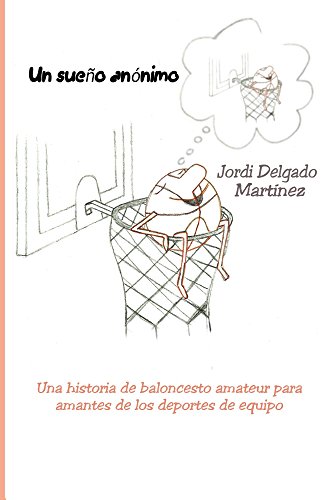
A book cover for Un sueÃ±o anÃ³nimo: Una historia de baloncesto amateur para amantes de los deportes de equipo (Spanish Edition); Jordi Delgado MartÃ­nez; Teen & Young Adult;